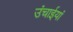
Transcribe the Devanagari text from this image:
उंचाईयां